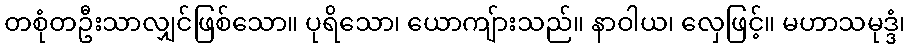
တစုံတဦးသာလျှင်ဖြစ်သော။ ပုရိသော၊ ယောကျ်ားသည်။ နာဝါယ၊ လှေဖြင့်။ မဟာသမုဒ္ဒံ၊